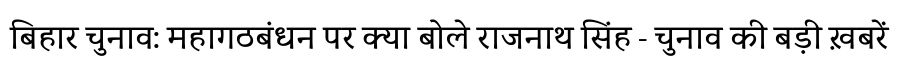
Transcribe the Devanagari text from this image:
बिहार चुनाव: महागठबंधन पर क्या बोले राजनाथ सिंह - चुनाव की बड़ी ख़बरें